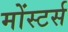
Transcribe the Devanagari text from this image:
मोंस्टर्स